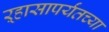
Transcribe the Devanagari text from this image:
ऱ्हासापर्यंतच्या